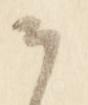
云